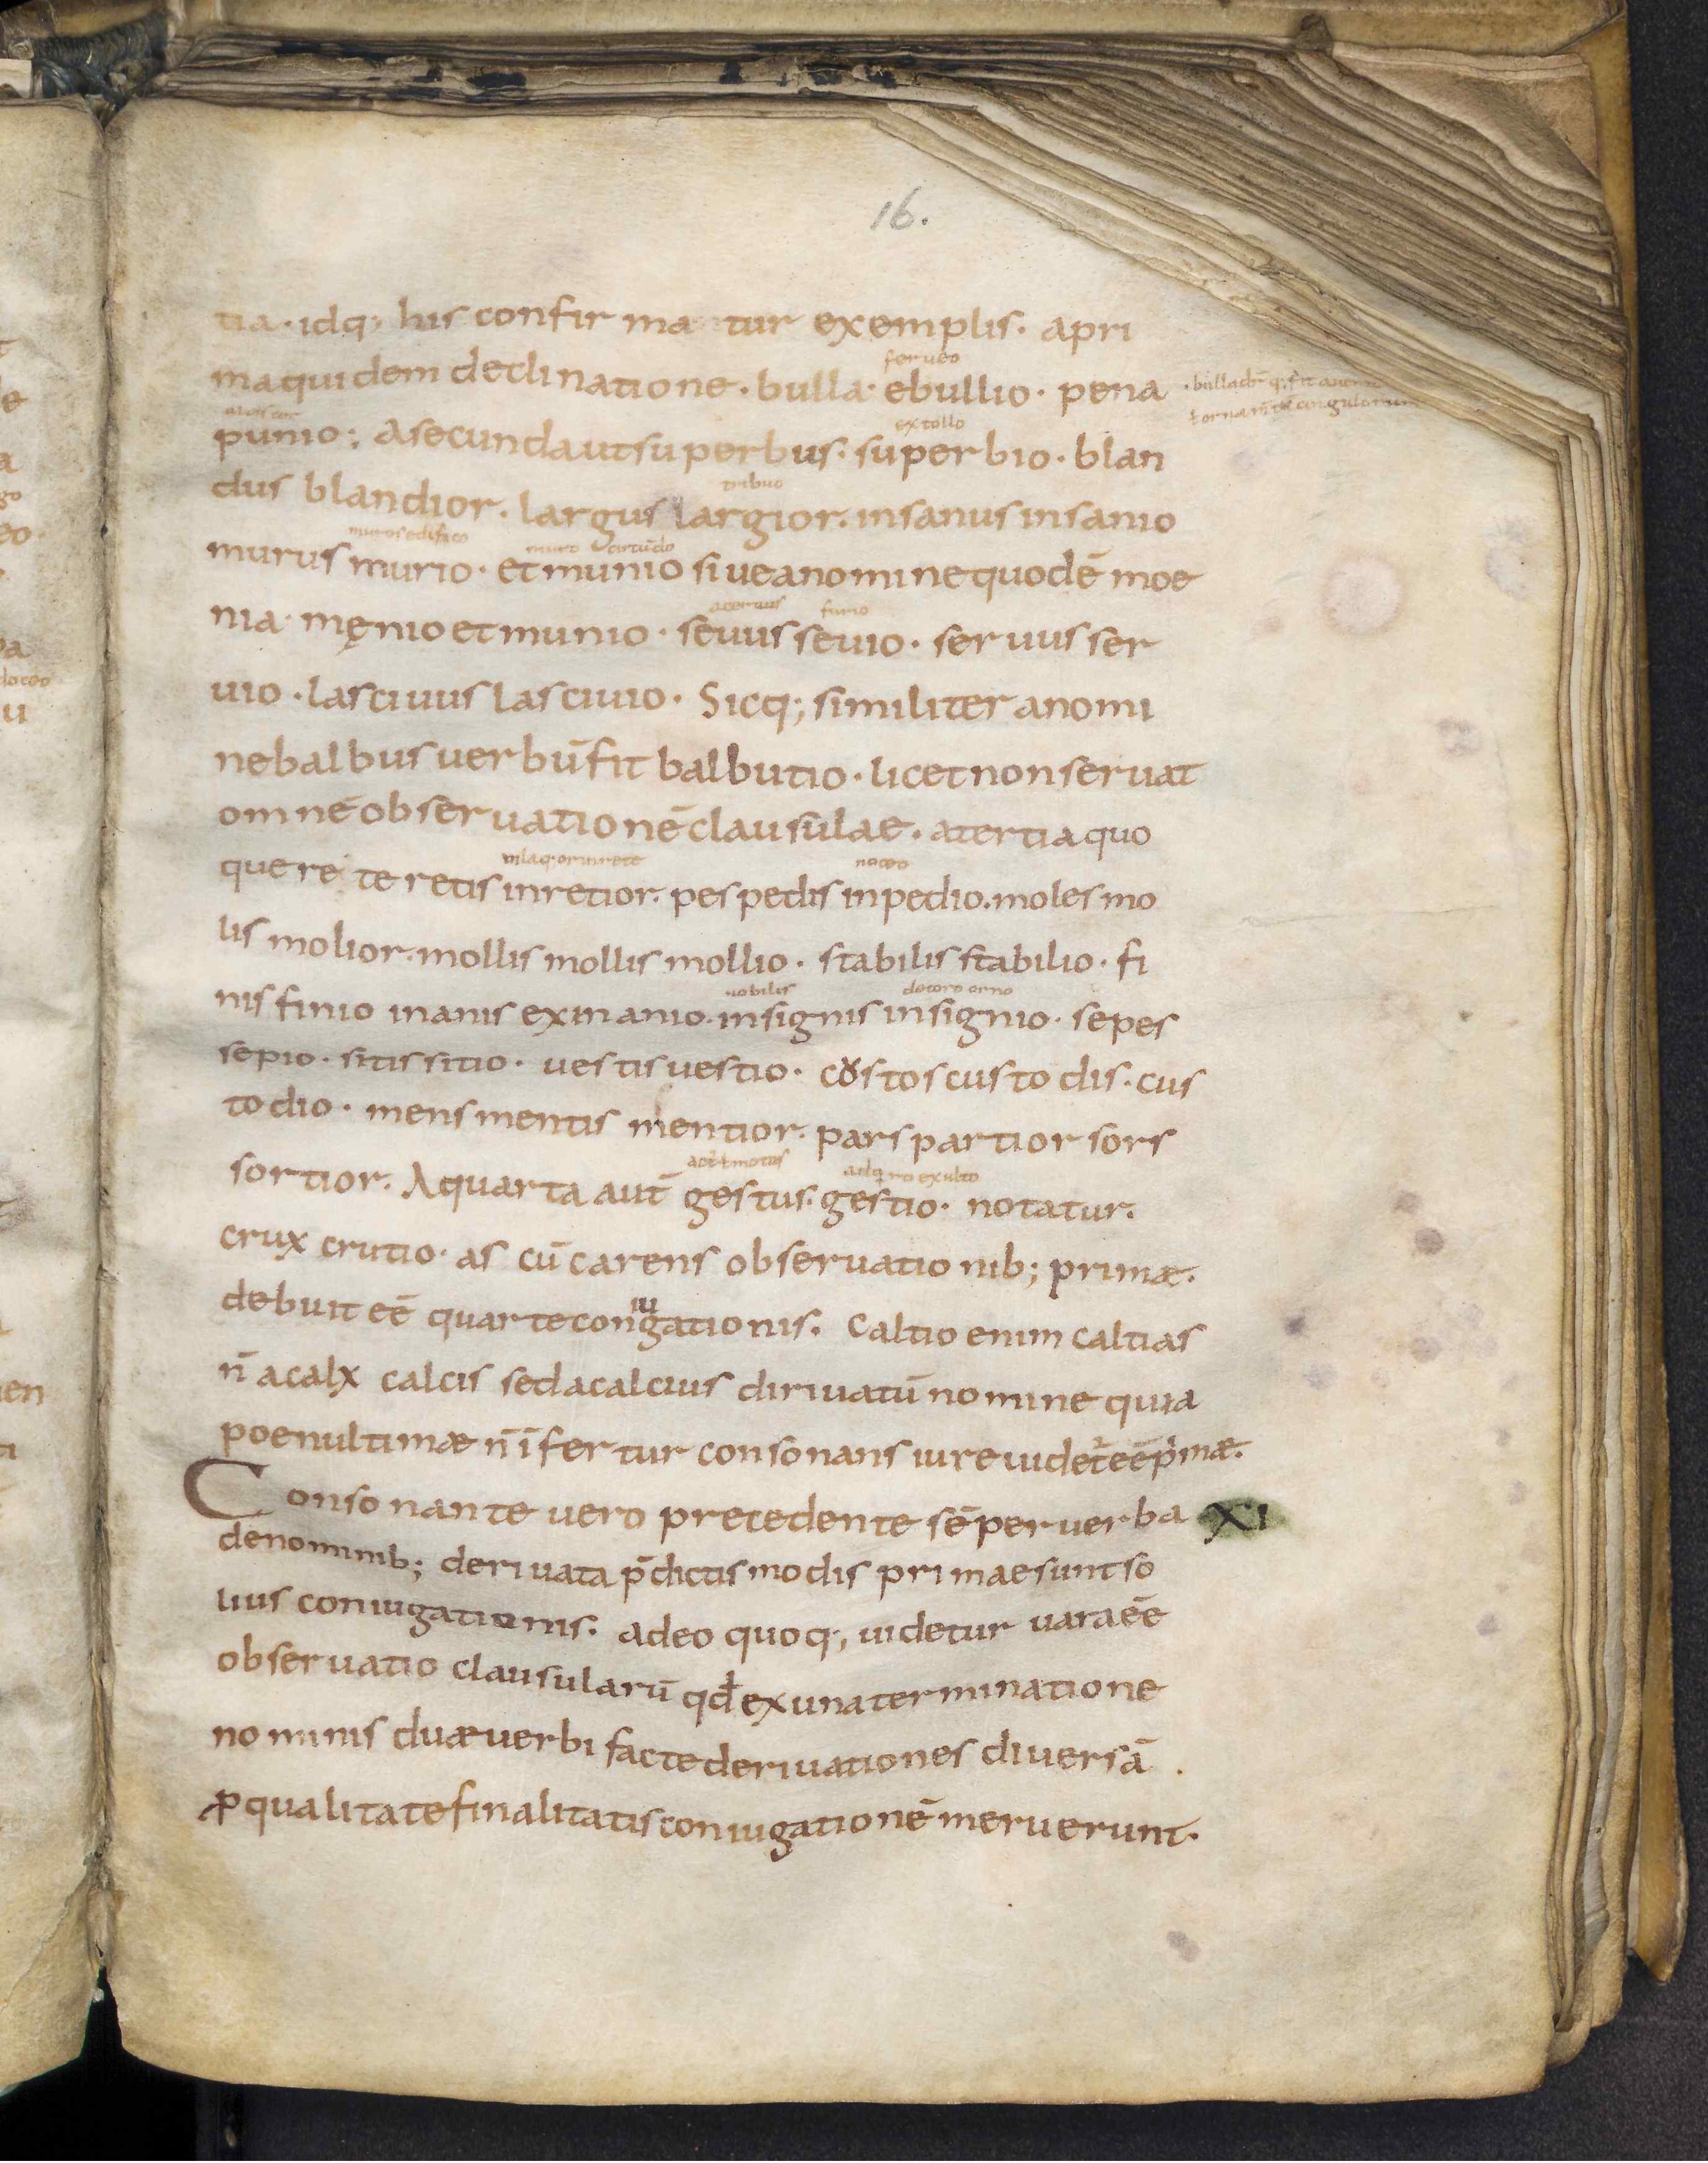
Shelfmark: Leiden, Bibliotheek der Rijksuniversiteit, Voss. Lat. O 41
Century: 9